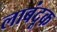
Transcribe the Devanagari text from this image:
लाबंदूक